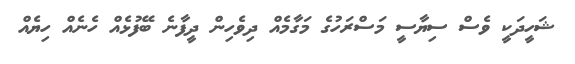
ޝަހީދަކީ ވެސް ސިޔާސީ މަސްރަހުގެ މަގާމެއް ދިވެހިން ދީފާނެ ބޭފުޅެއް ހެނެއް ހިޔެއް